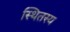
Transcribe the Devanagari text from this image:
स्थितस्य